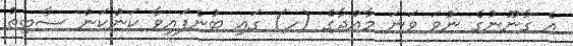
އެ ގާނޫނުގެ ނުވަ ވަނަ މާއްދާގެ (ހ) ގައި ބުނެފައިވާ ކަންކަން ސާބިތު